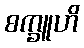
စက္ခူဟိ